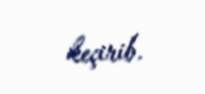
keçirib.